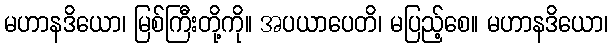
မဟာနဒိယော၊ မြစ်ကြီးတို့ကို။ အပယာပေတိ၊ မပြည့်စေ။ မဟာနဒိယော၊